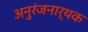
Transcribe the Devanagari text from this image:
अनुरंजनार्थक